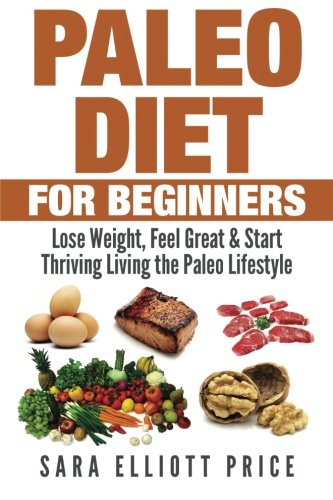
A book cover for Paleo Diet For Beginners: Lose Weight, Feel Great & Start Thriving Living the Paleo Lifestyle; Sara Elliott Price; Health, Fitness & Dieting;